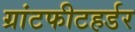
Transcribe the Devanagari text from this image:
ग्रांटफीटहर्डर